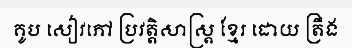
គូប សៀវភៅ ប្រវត្តិសាស្ត្រ ខ្មែរ ដោយ ត្រឹង